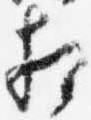
相